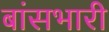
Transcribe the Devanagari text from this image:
बांसभारी